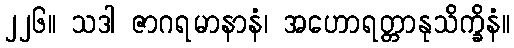
၂၂၆။ သဒါ ဇာဂရမာနာနံ၊ အဟောရတ္တာနုသိက္ခိနံ။